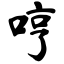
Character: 哼